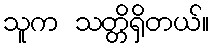
သူက သတ္တိရှိတယ်။